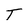
Character: T